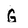
Character: G